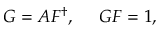
{ \cal G } = A { \cal F } ^ { \dag } , ~ ~ ~ ~ { \cal G } { \cal F } = 1 ,